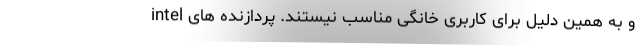
و به همین دلیل برای کاربری خانگی مناسب نیستند. پردازنده های intel